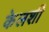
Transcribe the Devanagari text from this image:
केलशी